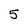
Character: 5